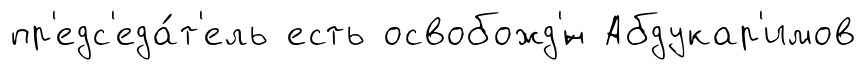
пр'едс'еда́т'ель есть освобожд'́н Абдукар'имов